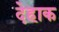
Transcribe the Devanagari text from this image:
देहाक